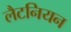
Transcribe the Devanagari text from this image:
लैटनियन